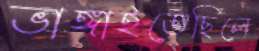
ভাঙ্গাইতেছিলে